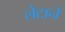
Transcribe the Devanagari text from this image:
लेटाने